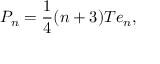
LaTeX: P _ { n } = { \frac { 1 } { 4 } } ( n + 3 ) T e _ { n } ,